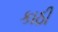
કાઠી